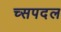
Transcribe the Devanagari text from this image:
च्सपदल